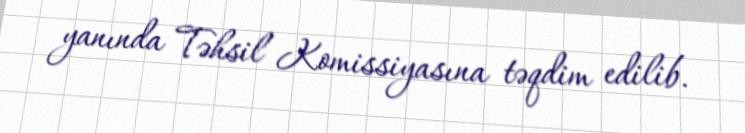
yanında Təhsil Komissiyasına təqdim edilib.